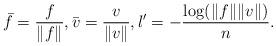
LaTeX: \begin{align*}\bar f = \frac{f}{\|f\|}, \bar v = \frac{v}{\|v\|}, l' = - \frac{\log (\|f\| \|v\|)}{n}. \end{align*}